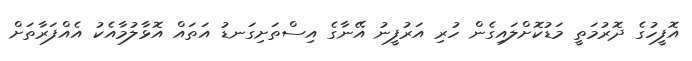
އޮފީހުގެ ދޮރުމަތީ މަޑުކޮށްލައިގެން ހުރި އަރުފީނު އޭނާގެ އިސްތަށިގަނޑު އަތައް އޮޅާލުމާއެކު އެއްފަރާތަށް